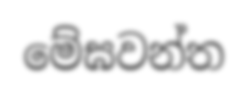
මේඝවන්ත